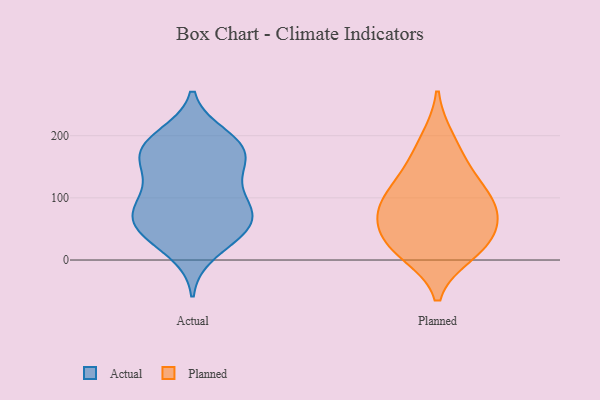
{"axis": {"x": "Active Users", "y": "Value"}, "legend": ["Actual", "Planned"], "data": [{"x": "", "y": 187, "type": "Actual"}, {"x": "", "y": 118, "type": "Actual"}, {"x": "", "y": 182, "type": "Actual"}, {"x": "", "y": 79, "type": "Actual"}, {"x": "", "y": 44, "type": "Actual"}, {"x": "", "y": 164, "type": "Actual"}, {"x": "", "y": 164, "type": "Actual"}, {"x": "", "y": 74, "type": "Actual"}, {"x": "", "y": 200, "type": "Actual"}, {"x": "", "y": 44, "type": "Actual"}, {"x": "", "y": 158, "type": "Actual"}, {"x": "", "y": 45, "type": "Actual"}, {"x": "", "y": 192, "type": "Actual"}, {"x": "", "y": 142, "type": "Actual"}, {"x": "", "y": 12, "type": "Actual"}, {"x": "", "y": 75, "type": "Actual"}, {"x": "", "y": 97, "type": "Actual"}, {"x": "", "y": 88, "type": "Actual"}, {"x": "", "y": 52, "type": "Actual"}, {"x": "", "y": 195, "type": "Planned"}, {"x": "", "y": 11, "type": "Planned"}, {"x": "", "y": 99, "type": "Planned"}, {"x": "", "y": 83, "type": "Planned"}, {"x": "", "y": 19, "type": "Planned"}, {"x": "", "y": 29, "type": "Planned"}, {"x": "", "y": 85, "type": "Planned"}, {"x": "", "y": 73, "type": "Planned"}, {"x": "", "y": 129, "type": "Planned"}, {"x": "", "y": 43, "type": "Planned"}, {"x": "", "y": 152, "type": "Planned"}]}